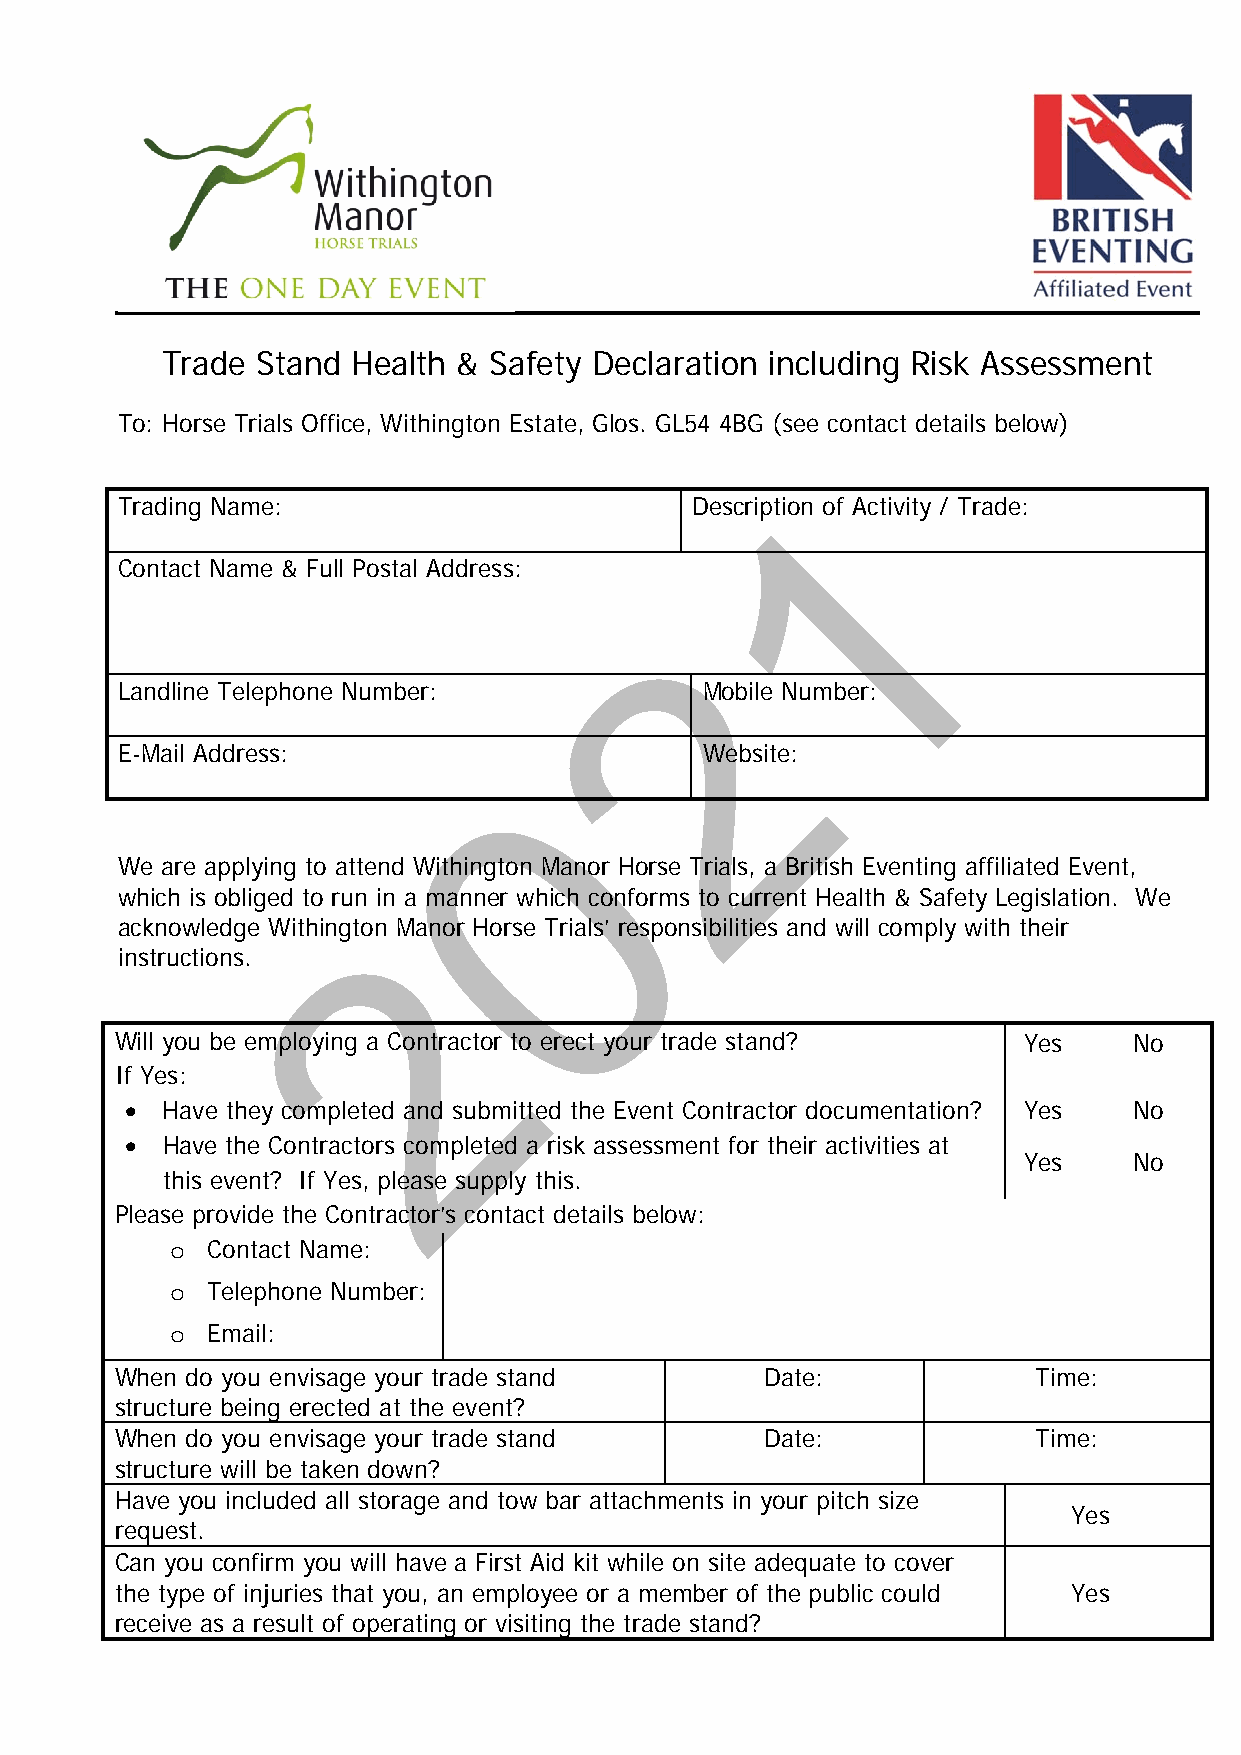
Trade Stand Health & Safety Declaration including Risk Assessment
 To: Horse Trials Office, Withington Estate, Glos. GL54 4BG (see contact details below)
 Trading Name:                         Description o1f Activity / Trade:
 Contact Name & Full Postal Address:
 2
 Landline Telephone Number:            Mobile Number:
 E-Mail Address:                       Website:
 0
 We are applying to attend Withington Manor Horse Trials, a British Eventing affiliated Event,
 which is obliged to run in a manner which conforms to current Health & Safety Legislation. We
 acknowledge Withington Manor Horse Trials’ responsibilities and will comply with their
 instructions.     2
 Will you be employing a Contractor to erect your trade stand? Yes  No
 If Yes:
   Have they completed and submitted the Event Contractor documentation? Yes No
   Have the Contractors completed a risk assessment for their activities at
 Yes    No
 this event? If Yes, please supply this.
 Please provide the Contractor’s contact details below:
 o  Contact Name:
 o  Telephone Number:
 o  Email:
 When do you envisage your trade stand      Date:             Time:
 structure being erected at the event?
 When do you envisage your trade stand      Date:             Time:
 structure will be taken down?
 Have you included all storage and tow bar attachments in your pitch size
 Yes
 request.
 Can you confirm you will have a First Aid kit while on site adequate to cover
 the type of injuries that you, an employee or a member of the public could Yes
 receive as a result of operating or visiting the trade stand?